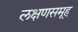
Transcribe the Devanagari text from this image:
लक्षणसमूह